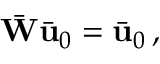
\bar { \bf W } \bar { \bf u } _ { 0 } = \bar { \bf u } _ { 0 } \, ,